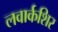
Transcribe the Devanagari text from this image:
लवार्कशिर